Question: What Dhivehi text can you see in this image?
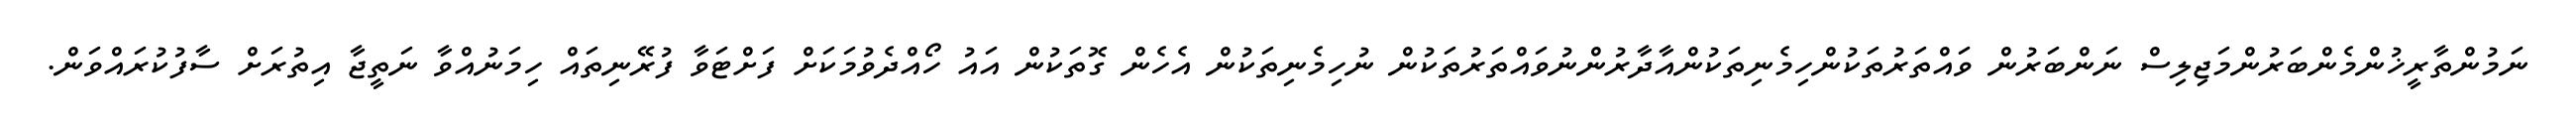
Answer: ނަމުންތާރީޚުންމެންބަރުންމަޖިލިސް ނަންބަރުން ވައްތަރުތަކުންހިމެނިތަކުންއާދާރުންނުވައްތަރުތަކުން ނުހިމެނިތަކުން އެހެން ގޮތަކުން އައު ހޯއްދެވުމަކަށް ފަށްޓަވާ ފުރޭނިތައް ހިމަނުއްވާ ނަތީޖާ އިތުރަށް ސާފުކުރައްވަން.